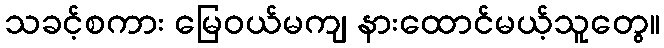
သခင့်စကား မြေဝယ်မကျ နားထောင်မယ့်သူတွေ။